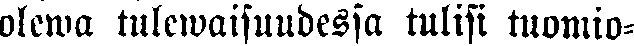
olewa tulewaisuudessa tulisi tuomio-